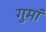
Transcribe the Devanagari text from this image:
गुमां